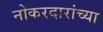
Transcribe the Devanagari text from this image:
नोकरदारांच्या